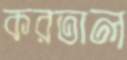
করতাল